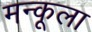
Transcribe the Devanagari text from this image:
मन्कूला